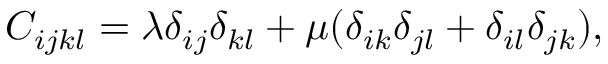
C _ { i j k l } = \lambda \delta _ { i j } \delta _ { k l } + \mu ( \delta _ { i k } \delta _ { j l } + \delta _ { i l } \delta _ { j k } ) ,